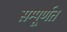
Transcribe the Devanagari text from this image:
सम्पूर्णत